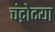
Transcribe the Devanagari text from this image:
चंद्रोदया